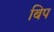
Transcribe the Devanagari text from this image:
बिप